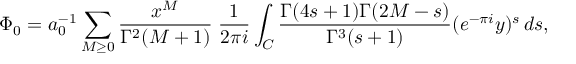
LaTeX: \Phi _ { 0 } = a _ { 0 } ^ { - 1 } \sum _ { M \geq 0 } \frac { x ^ { M } } { \Gamma ^ { 2 } ( M + 1 ) } \; \frac 1 { 2 \pi i } \int _ { C } \frac { \Gamma ( 4 s + 1 ) \Gamma ( 2 M - s ) } { \Gamma ^ { 3 } ( s + 1 ) } ( e ^ { - \pi i } y ) ^ { s } \, d s ,